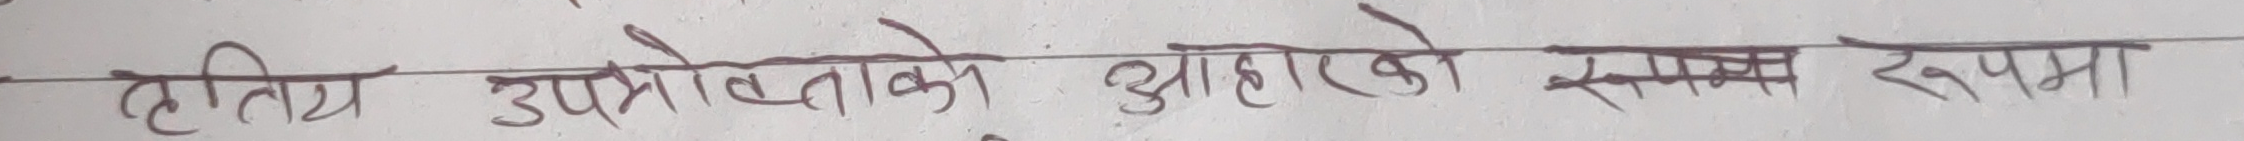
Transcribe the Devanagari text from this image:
हतिया उपरोक्ताको आहारको रूपमा